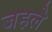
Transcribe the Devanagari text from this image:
जहले